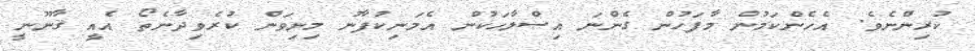
ކުރިންނެވެ. އެހެންކަމުން މާފަހުން ގެންނަ އިސްލާހަކުން އެމަނިކުފާނު މިނިވަން ކުރެވިދާނެތޯ އެއީ ޤާނޫނީ